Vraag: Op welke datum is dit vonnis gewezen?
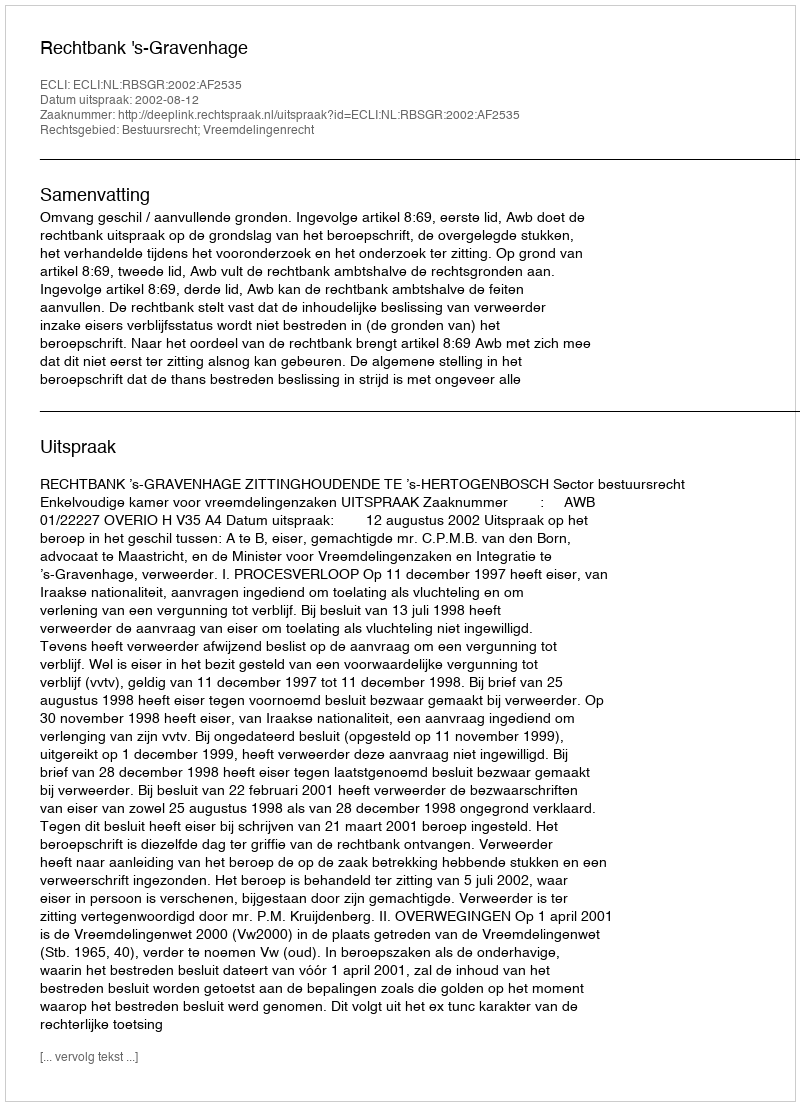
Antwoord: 2002-08-12